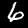
Digit: 6